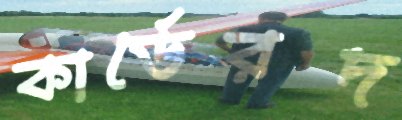
কার্ডেরদ